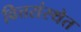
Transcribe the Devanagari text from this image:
वित्तसंस्थेत